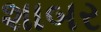
શાબર